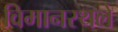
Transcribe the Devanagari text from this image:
विमानस्थले